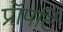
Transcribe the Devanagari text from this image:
प्रॉपर्टि